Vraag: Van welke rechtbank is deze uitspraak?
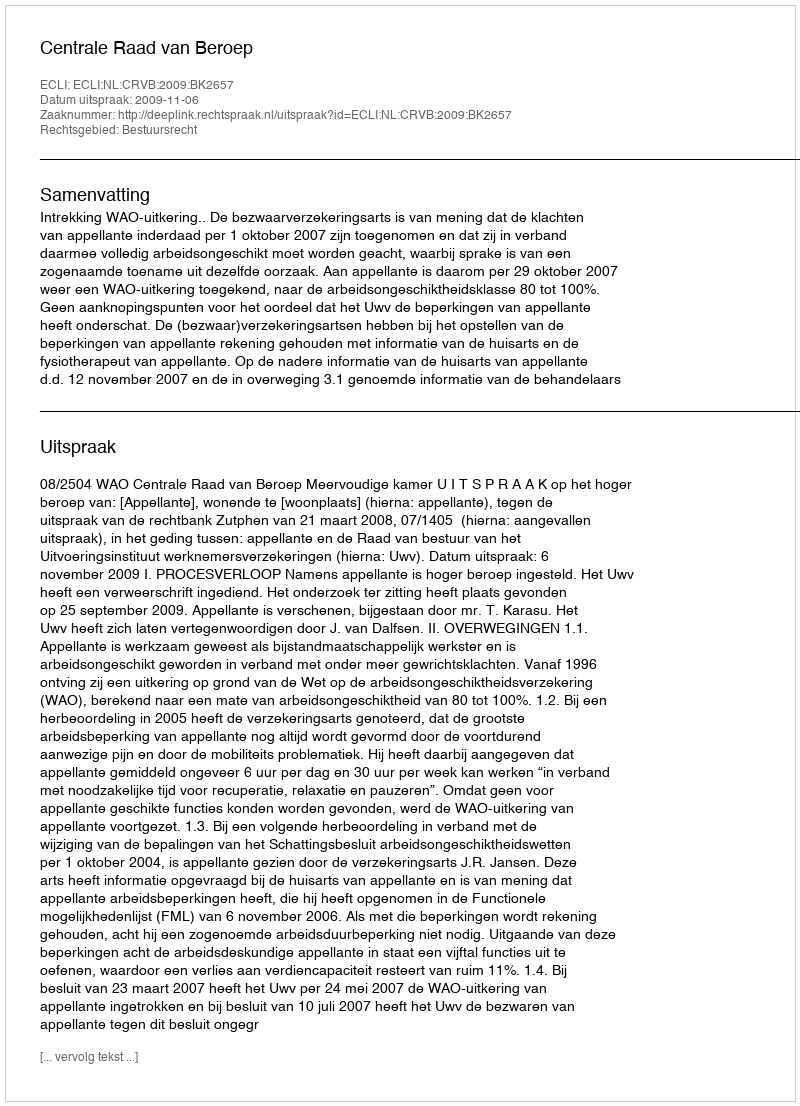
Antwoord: Centrale Raad van Beroep